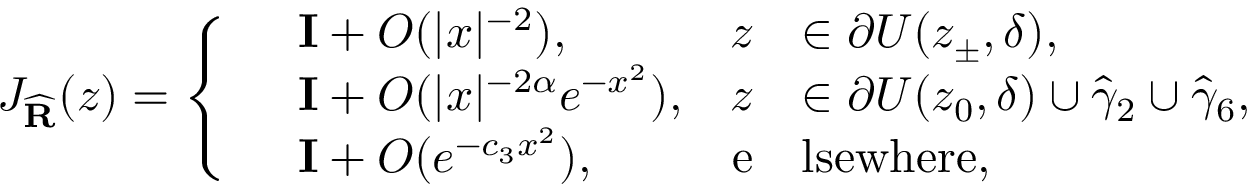
J _ { \widehat { \mathbf { R } } } ( z ) = \left\{ \begin{array} { r l r l } & { \mathbf { I } + O ( | x | ^ { - 2 } ) , } & { z } & { \in \partial U ( z _ { \pm } , \delta ) , } \\ & { \mathbf { I } + O ( | x | ^ { - 2 \alpha } e ^ { - x ^ { 2 } } ) , } & { z } & { \in \partial U ( z _ { 0 } , \delta ) \cup \widehat { \gamma } _ { 2 } \cup \widehat { \gamma } _ { 6 } , } \\ & { \mathbf { I } + O ( e ^ { - c _ { 3 } x ^ { 2 } } ) , } & { \mathrm { e } } & { \mathrm { l s e w h e r e } , } \end{array} \right.